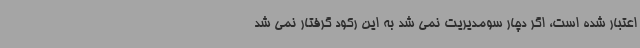
اعتبار شده است، اگر دچار سومدیریت نمی شد به این رکود گرفتار نمی شد